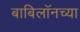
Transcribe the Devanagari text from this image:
बाबिलॉनच्या